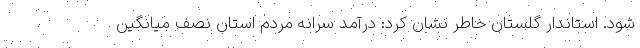
شود. استاندار گلستان خاطر نشان کرد: درآمد سرانه مردم استان نصف میانگین